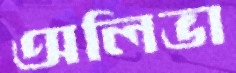
অলিভা